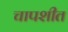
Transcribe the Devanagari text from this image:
चापशीत